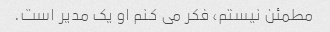
مطمئن نیستم، فکر می کنم او یک مدیر است.